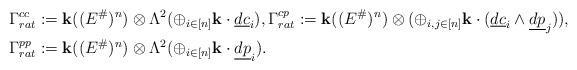
LaTeX: \begin{align*}& \Gamma_{rat}^{cc}:={\mathbf k}((E^\#)^n)\otimes\Lambda^2(\oplus_{i\in[n]}{\mathbf k}\cdot \underline{dc}_i), \Gamma_{rat}^{cp}:={\mathbf k}((E^\#)^n)\otimes(\oplus_{i,j\in[n]}{\mathbf k}\cdot (\underline{dc}_i\wedge \underline{dp}_j)),\\ & \Gamma_{rat}^{pp}:={\mathbf k}((E^\#)^n)\otimes\Lambda^2(\oplus_{i\in[n]}{\mathbf k}\cdot \underline{dp}_i). \end{align*}